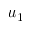
u _ { 1 }